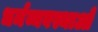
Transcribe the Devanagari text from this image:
धर्मव्यवस्थाओं